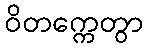
ဝိတက္ကေတွာ